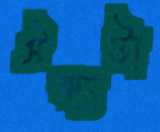
ঐক্যটা